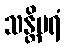
သန္တိပရံ